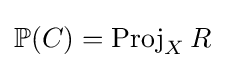
\mathbb {P} (C)=\operatorname {Proj} _{X}R